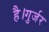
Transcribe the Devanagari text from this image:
है।गुर्जर